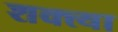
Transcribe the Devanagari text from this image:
शक्त्या